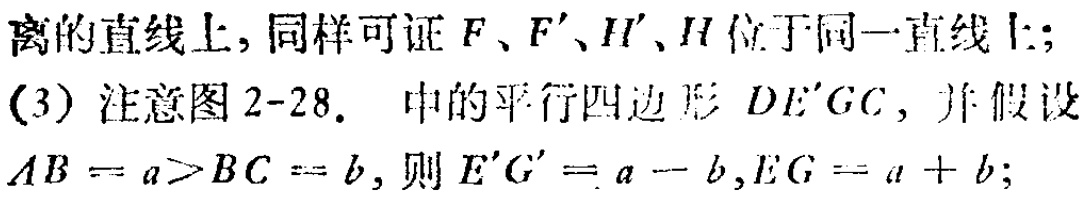
离的直线上, 同样可证 \(F、F'、H'、H\) 位于同一直线上;
(3) 注意图 2-28. 中的平行四边形 \(DE'GC\), 并假设
\(AB = a>BC = b\), 则 \(E'G' = a - b,EG = a + b\);